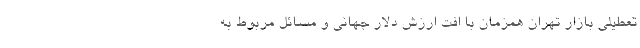
تعطیلی بازار تهران همزمان با افت ارزش دلار جهانی و مسائل مربوط به